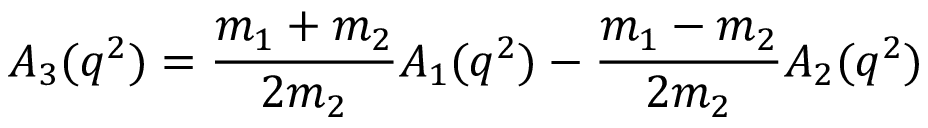
A _ { 3 } ( q ^ { 2 } ) = \frac { m _ { 1 } + m _ { 2 } } { 2 m _ { 2 } } A _ { 1 } ( q ^ { 2 } ) - \frac { m _ { 1 } - m _ { 2 } } { 2 m _ { 2 } } A _ { 2 } ( q ^ { 2 } )